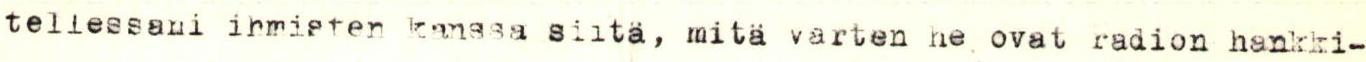
tellessani ihmisten kanssa siitä, mitä varten he ovat radion hankki-